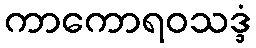
ကာကောရဝသဒ္ဒံ